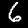
Label: 6